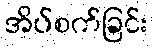
အိပ်စက်ခြင်း